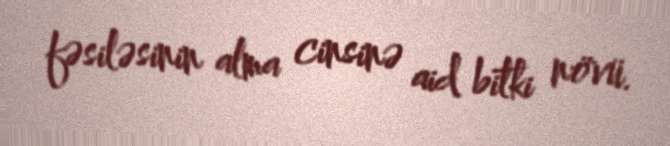
fəsiləsinin alma cinsinə aid bitki növü.